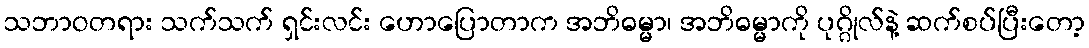
သဘာဝတရား သက်သက် ရှင်းလင်း ဟောပြောတာက အဘိဓမ္မာ၊ အဘိဓမ္မာကို ပုဂ္ဂိုလ်နဲ့ ဆက်စပ်ပြီးတော့